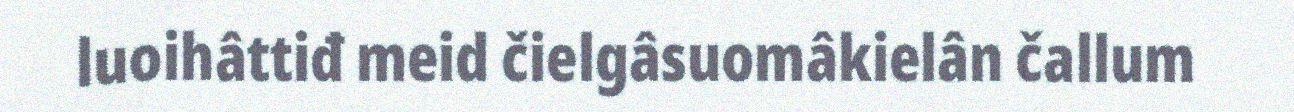
luoihâttiđ meid čielgâsuomâkielân čallum